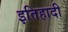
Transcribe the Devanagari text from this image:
इतिहादी